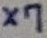
Text: X7